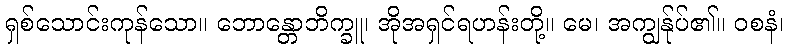
ရှစ်သောင်းကုန်သော။ ဘောန္တောဘိက္ခူ၊ အိုအရှင်ရဟန်းတို့။ မေ၊ အကျွန်ုပ်၏။ ဝစနံ၊